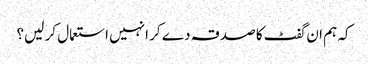
کہ ہم ان گفٹ کا صدقہ دے کر انہیں استعمال کر لیں؟